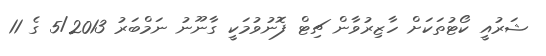
ޝަރުއީ ކޯޓުތަކަށް ހާޒިރުވާން ޗިޓް ފޮނުވުމަކީ ގާނޫނު ނަމްބަރު 5/2013 ގެ 11